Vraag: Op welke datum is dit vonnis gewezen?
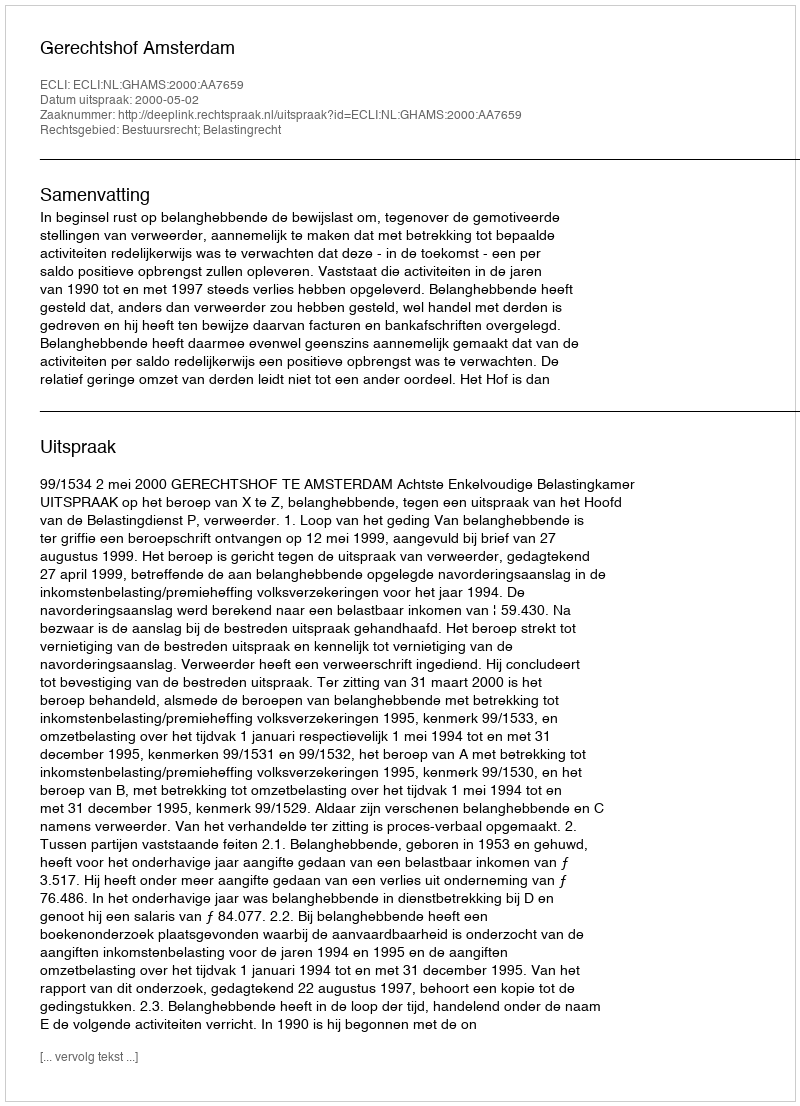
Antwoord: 2000-05-02